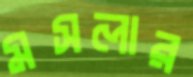
মসলার